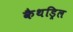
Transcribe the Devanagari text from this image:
कैथड्रिल